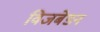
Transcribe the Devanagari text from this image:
विजबेडन